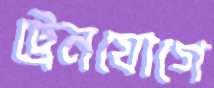
ট্রেনযোগে